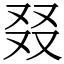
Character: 叕